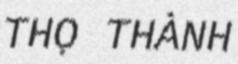
THỌ THÀNH